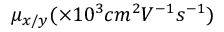
\mu _ { x / y } ( \times 1 0 ^ { 3 } c m ^ { 2 } V ^ { - 1 } s ^ { - 1 } )